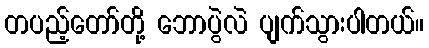
တပည့်တော်တို့ ဘောပွဲလဲ ပျက်သွားပါတယ်။